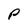
Character: P